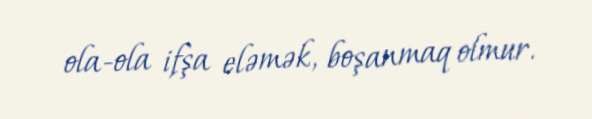
ola-ola ifşa eləmək, boşanmaq olmur.